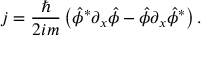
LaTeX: j = { \frac { \hbar } { 2 i m } } \left( \hat { \phi } ^ { * } \partial _ { x } \hat { \phi } - \hat { \phi } \partial _ { x } \hat { \phi } ^ { * } \right) . \nonumber